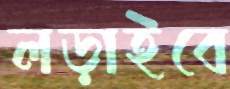
লড়াইবে